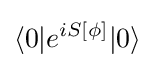
\langle 0|e^{iS[\phi ]}|0\rangle